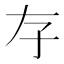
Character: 𡥂